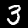
Digit: 3